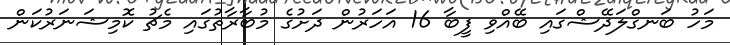
މަހު ބަނގްލަދޭޝްގައި ބޭއްވި ފީބާ 16 އަހަރުން ދަށުގެ މުބާރާތުގައި މެޗު ކޮމިޝަނަރުކަން